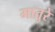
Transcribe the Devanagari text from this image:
मातुरे